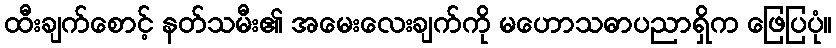
ထီးချက်စောင့် နတ်သမီး၏ အမေးလေးချက်ကို မဟောသဓာပညာရှိက ဖြေပြပုံ။